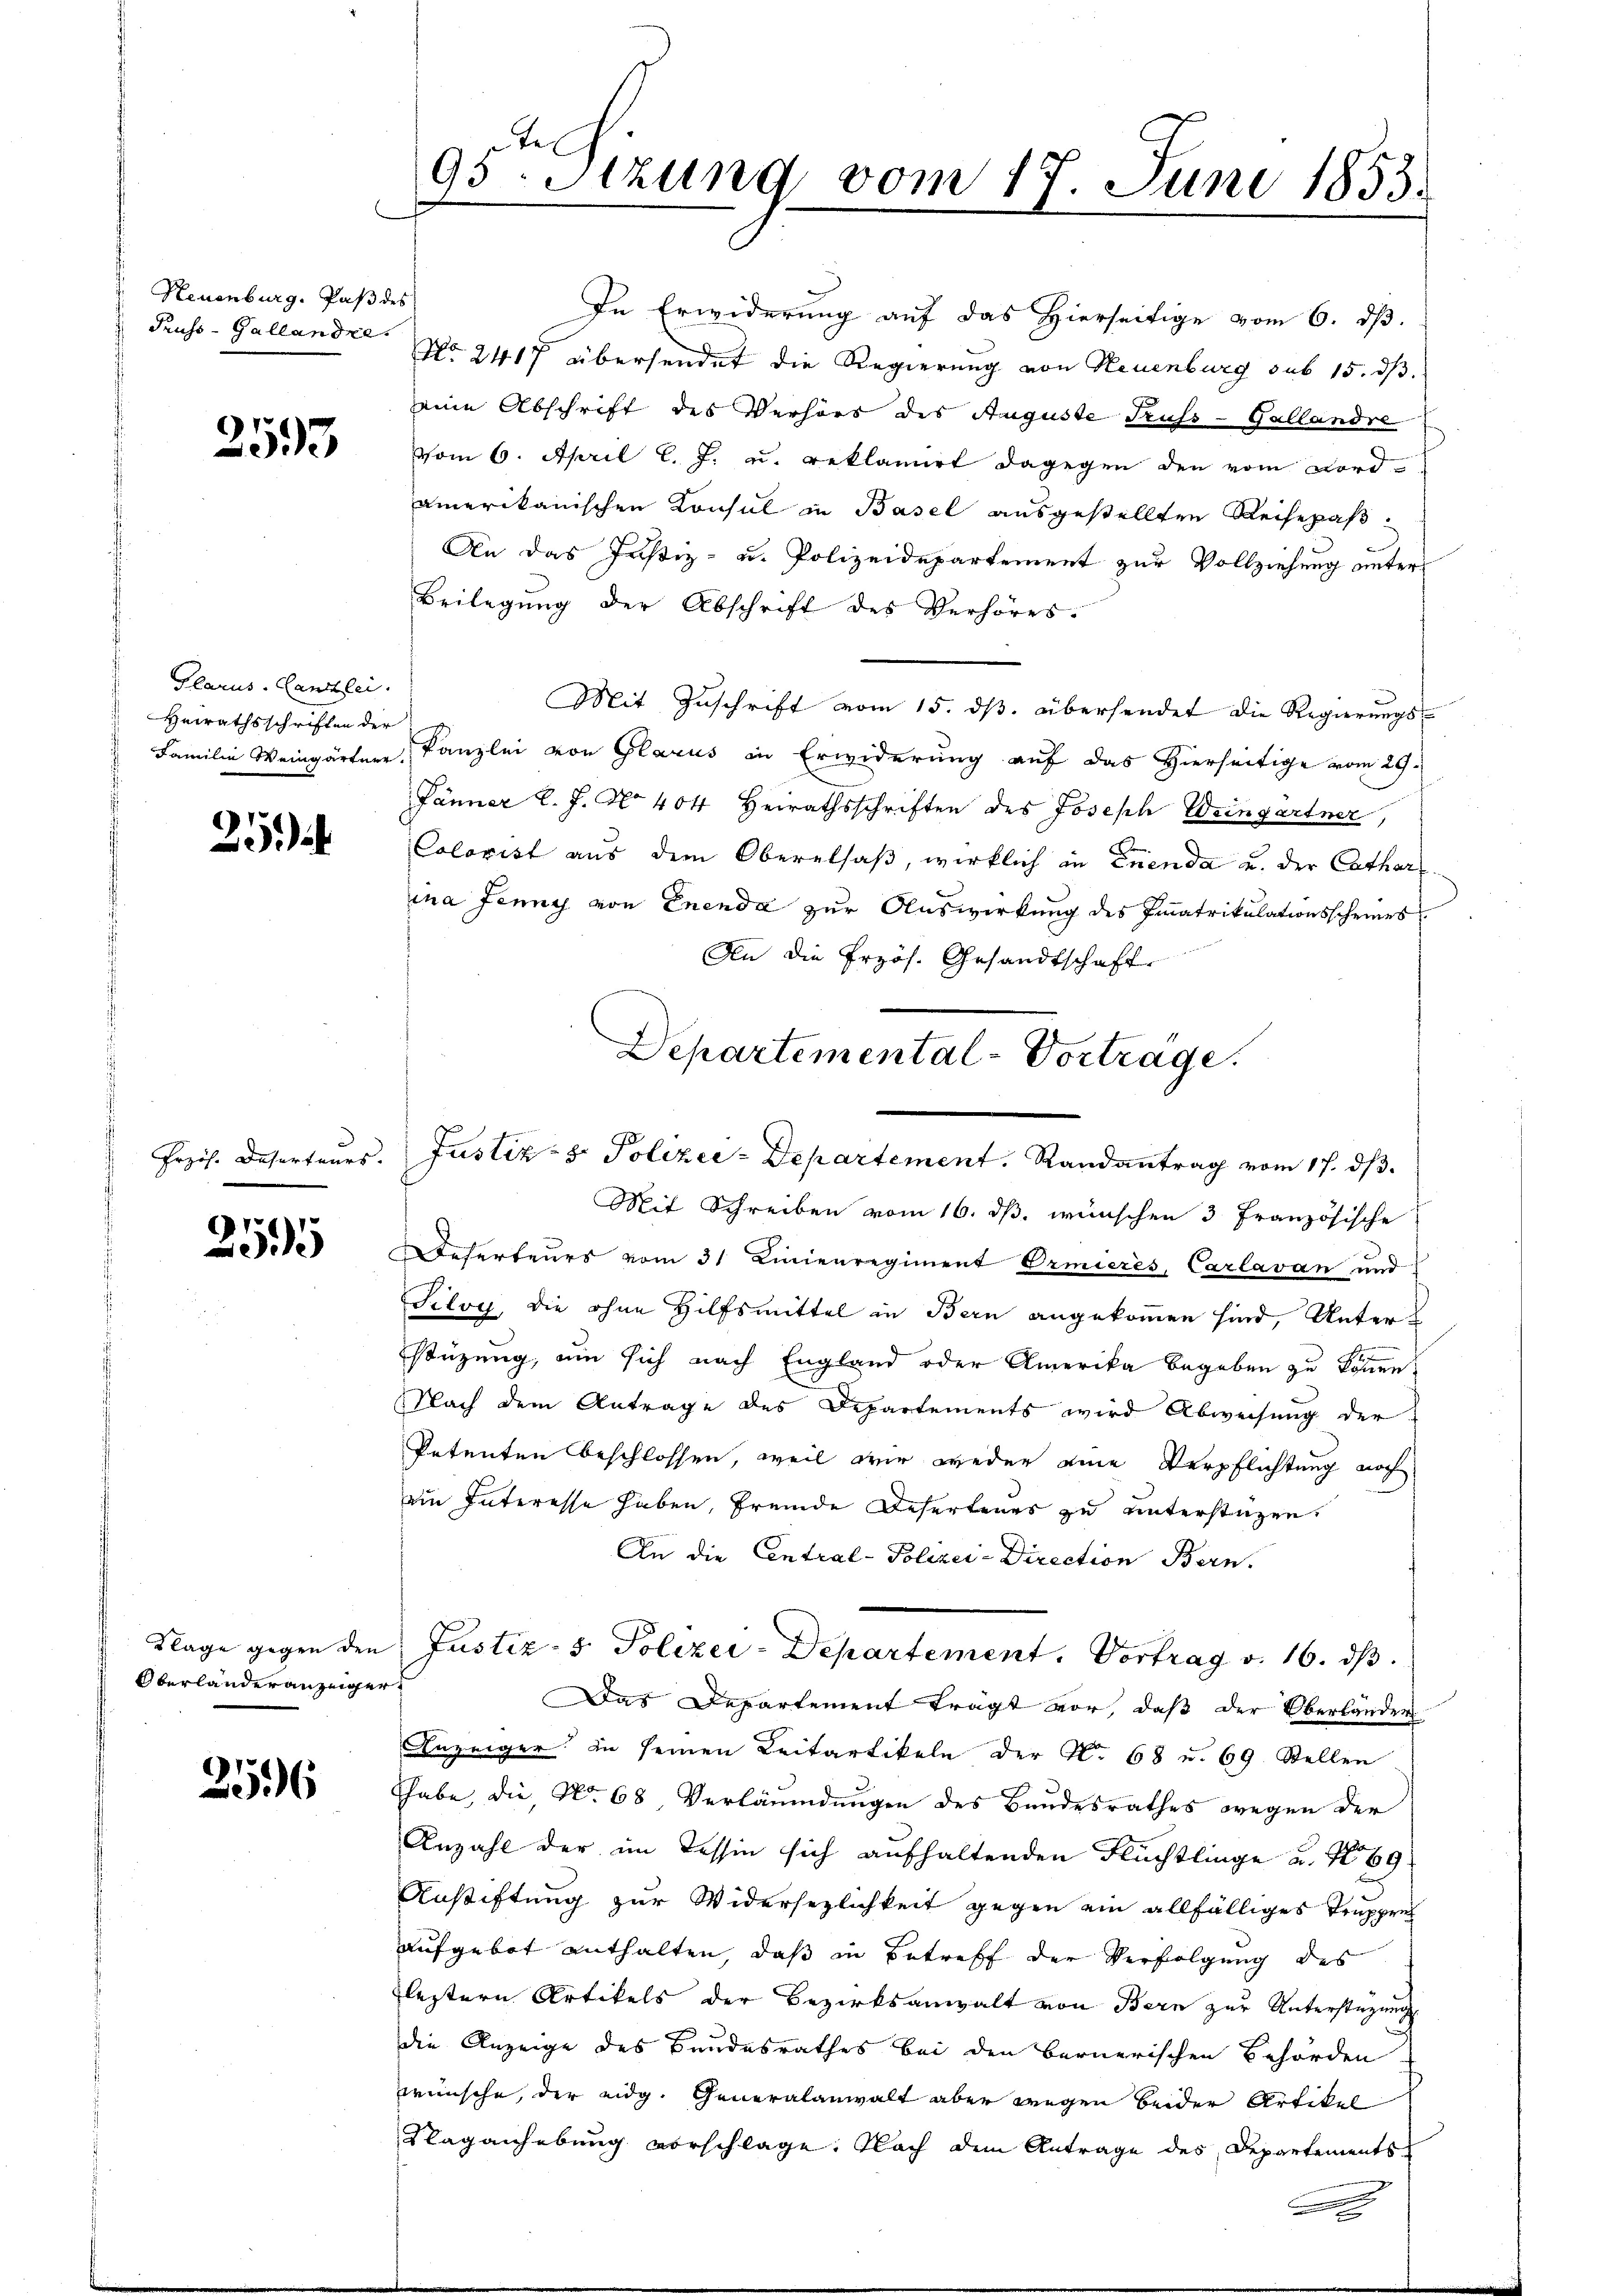
. Neuenburg. Paß des
Pruss - Gallandel

2593

Plarus. Canzlei.
Heirathsschriften der

25

255

Oberlanderanzeige

2596

95 Stzung vom 17. Juni 1853.

Frzis. Deserteurs. Justiz- & Polizee-Departement. Randantrag vom 17. dβ.

Mit Schreiben vom 16. ds. wünschen 3 Französische
Deserteurs vom 31. Linienregiment Ormieres, Carlavan und
Siloy, die ohne Hilfsmittel in Bern angekommen sind, Unterstüzung, um sich nach England oder Amerika begeben zu können.
Nach dem Antrage des Departements wird Abweisung der
Petenten beschlossen, weil wir weder eine Verpflichtung noch
ein Interesse haben, fremde Desertenes zu unterstüzen,
An die Central-Polizei-Direction Bern.
rt
Das Departement trägt vor, daß der Oberländer
Anzeiger zu seinen Leitartikeln der No 68 u. 69. Stellen
habe, die No. 68, Verläumdungen des Bundesrathes wegen der
Anzahl der im Tessin sich aufhaltenden Flüchtlinge u. No 69
Anstiftung zur Widersezlichkeit gegen ein allfälliges Truppen
aufgebot enthalten, daß in Betreff der Verfolgung des
leztern Artikels der Bezirksanwalt von Bern zur Unterstüzung
die Anzeige des Bandesrathes bei den bernerischen Behörden
wünsche, der eidg. Generalanwalt aber wegen beider Artikel
Slaganhebung vorschlage. Nach dem Antrage des Departements

In Erwiderung auf das hierseitige vom 6. dß.
No. 2417 übersendet die Regierung von Neuenburg sub 15. ds.
eine Abschrift des Verhörs des Auguste Gruss-Gallandre
vom 6. April l. J. u. reklamirt dagegen den vom Nordamerikanischen Konsul in Basel ausgestellten Reisepaß.
An das Justiz- u. Polizeidepartement zur Vollziehung unters
Beilegung der Abschrift des Verhöres.
Mit Zuschrift vom 15. ds. übersendet die Regierungs¬
Familien Weingärten Kanzlei von Glarus in Erwiderung auf das Hierseitige vom 29.
Jänner l. J. No 404 Heirathsschriften des Joseph Weingartner,
Colorist aus dem Oberalsaß, wirklich in Enenda u. der Catharsina Jenny von Enenda zur Auswirkung des Immatrikulationsscheines
An die Przös. Gesandtschaft
Departemental-Vortrage.

Klage gegen den Justiz- & Polizei-Departement. Vortrag v. 16. ds.

d